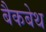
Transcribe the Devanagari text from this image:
बैकबेथ